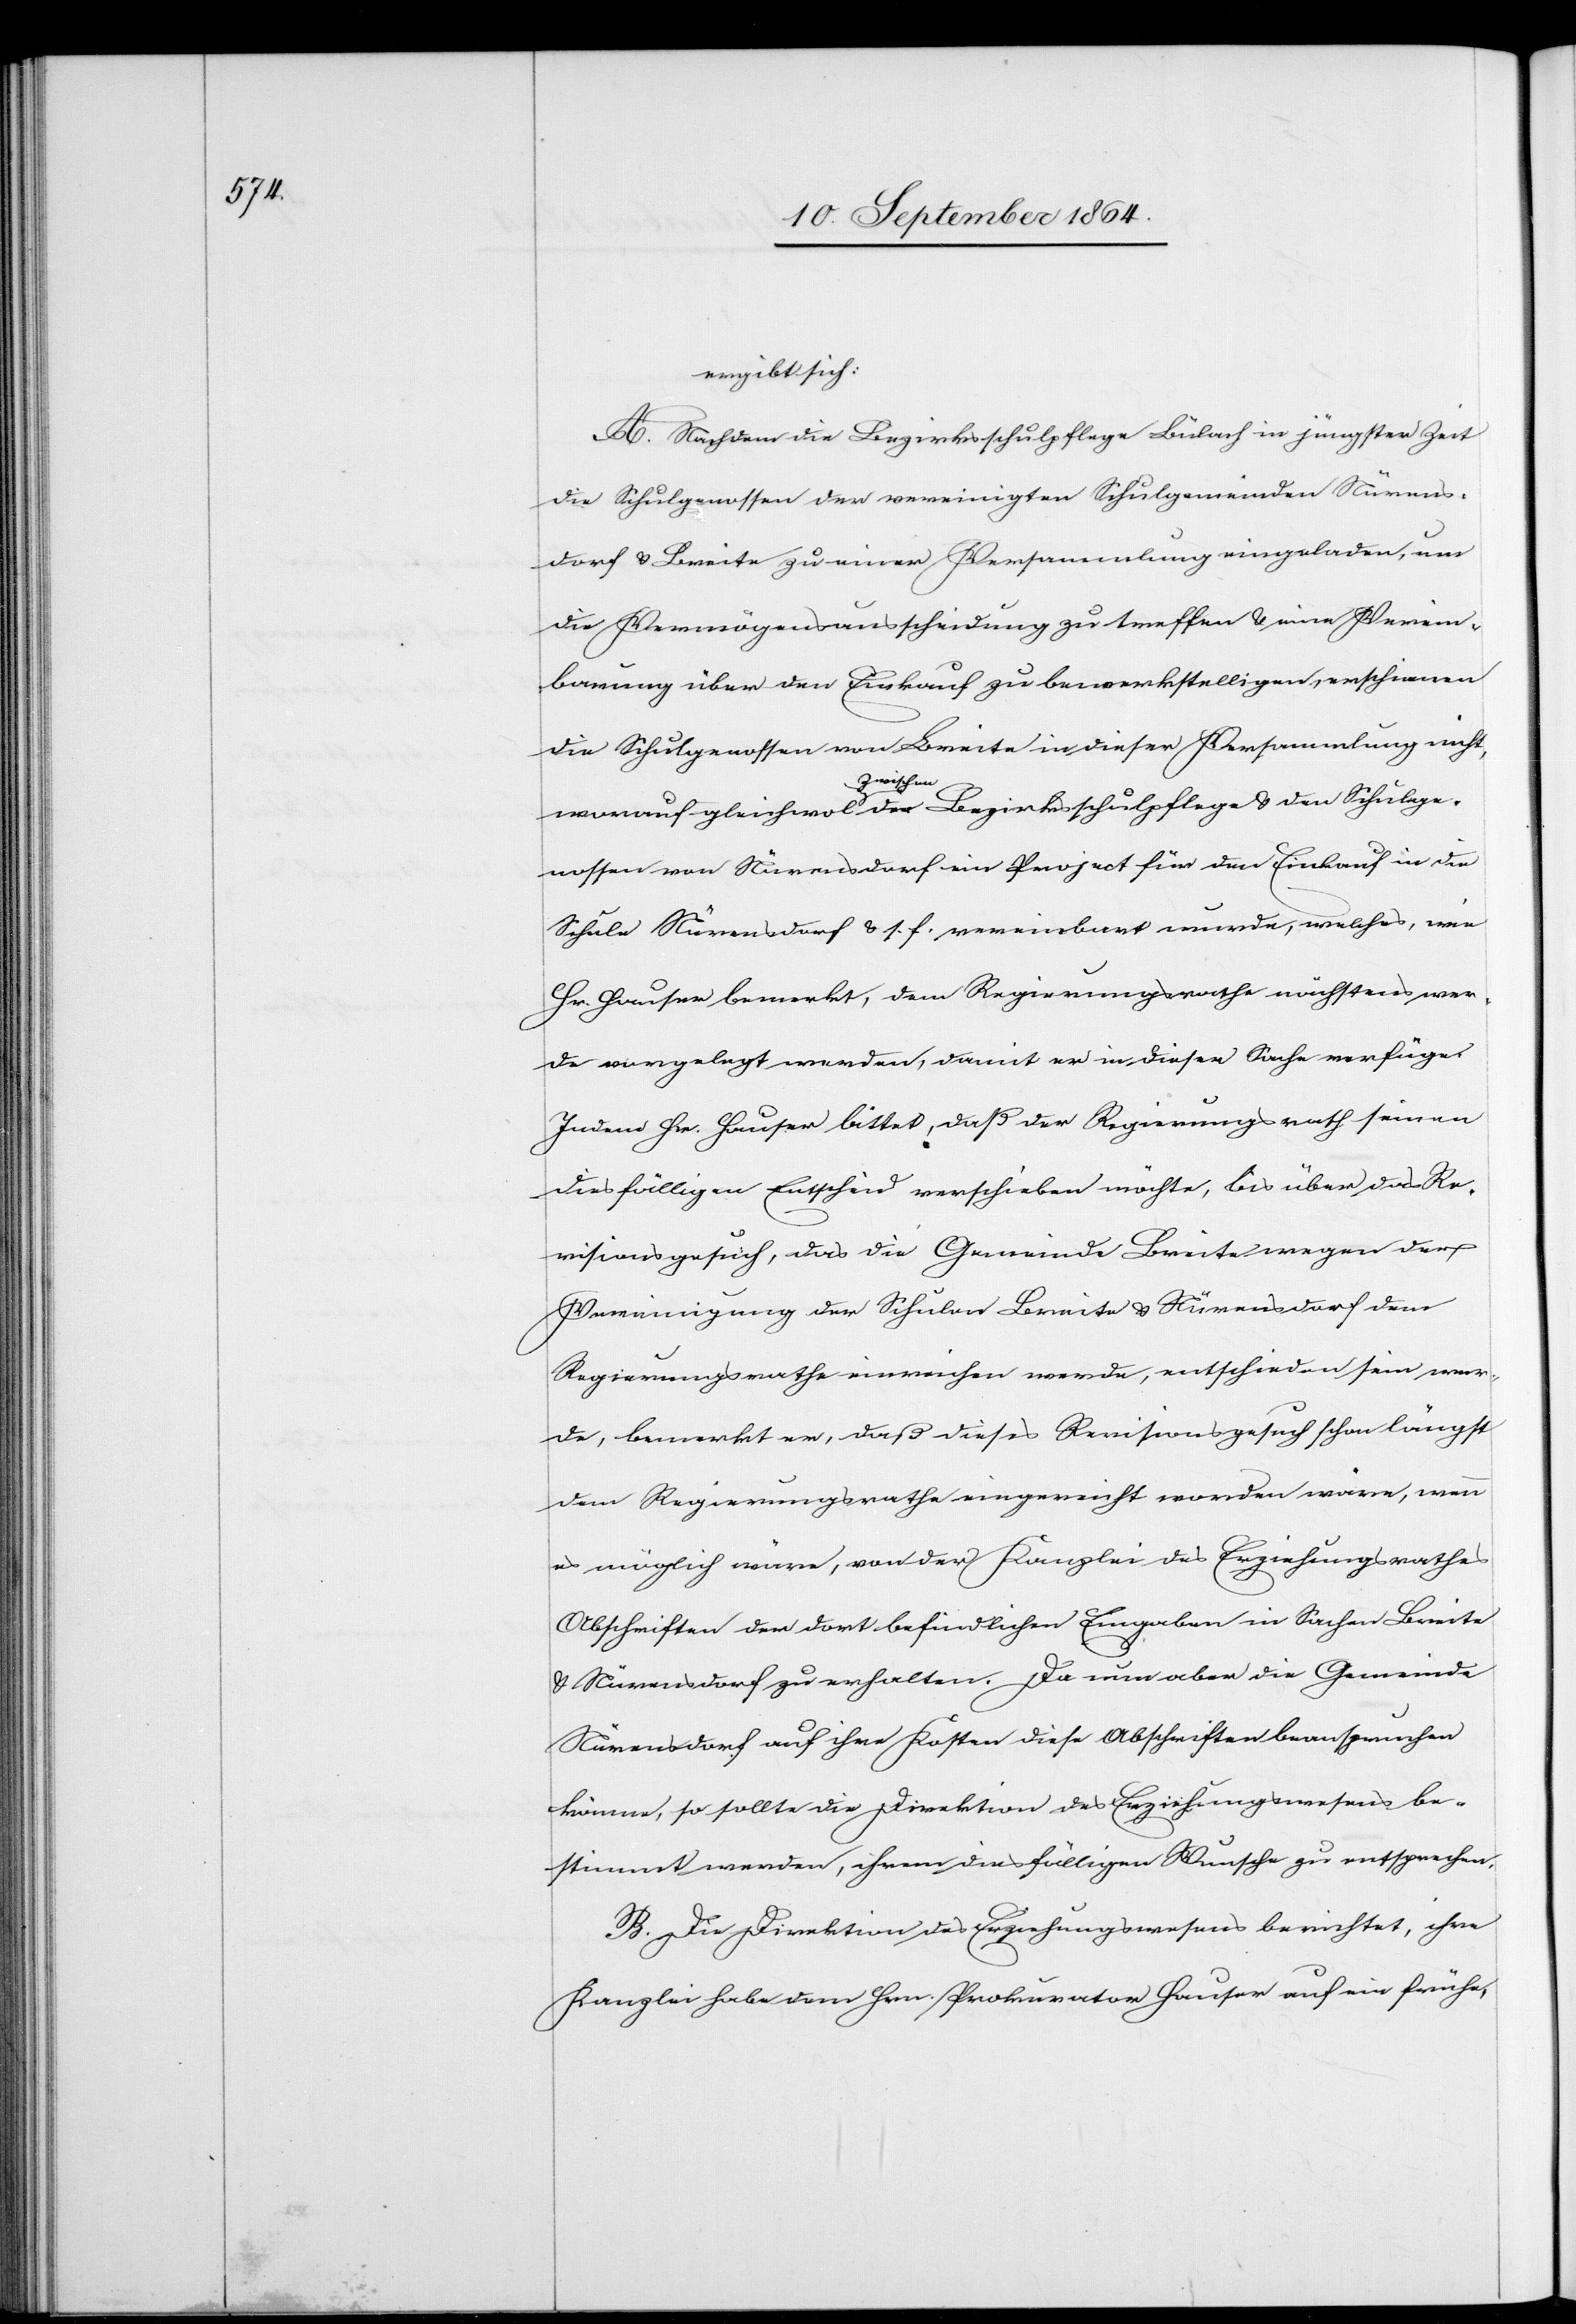
ergibt sich:
A. Nachdem die Bezirksschulpflege Bülach in jüngster Zeit
die Schulgenossen der vereinigten Schulgemeinden Nürens¬
dorf & Breite zu einer Versammlung eingeladen, um
die Vermögensausscheidung zu treffen & eine Verein¬
barung über den Einkauf zu bewerkstelligen, erschienen
die Schulgenossen von Breite in dieser Versammlung nicht,
lge¬
den
nossen von Nürensdorf ein Project für den Einkauf in der
Schule Nürensdorf & s. f. vereinbart wurde, welches, wie
Hr. Hauser bemerkt, dem Regierungsrathe nächstens wer¬
de vorgelegt werden, damit er in dieser Sache verfüge.
Indem Hr. Hauser bittet, daß der Regierungsrath seinen
diesfälligen Entscheid verschieben möchte, bis über das Re¬
visionsgesuch, das die Gemeinde Breite wegen der
Vereinigung der Schulen Breite & Nürensdorf dem
Regierungsrathe einreichen werde, entschieden sein wer¬
de, bemerkt er, daß dieses Revisionsgesuch schon längst
dem Regierungsrathe eingereicht worden wäre, wenn
es möglich wäre, von der Kanzlei des Erziehungsrathes
Abschriften der dort befindlichen Eingaben in Sachen Breite
& Nürensdorf zu erhalten. Da nun aber die Gemeinde
Nürensdorf auf ihre Kosten diese Abschriften beanspruchen
könne, so sollte die Direktion des Erziehungswesens be¬
stimmt werden, ihrem diesfälligen Wunsche zu entsprechen.
B. Die Direktion des Erziehungswesens berichtet, ihre
Kanzlei habe dem Hrn. Prokurator Hauser auf ein frühe-